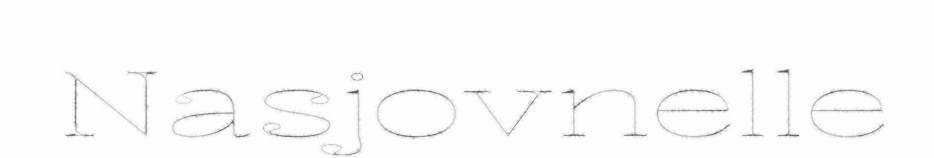
Nasjovnelle